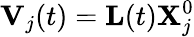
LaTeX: \mathbf{V}_{j}(t)=\mathbf{L}(t)\mathbf{X}_{j}^{0}